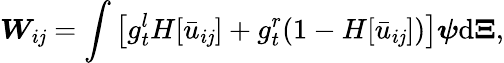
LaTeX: \boldsymbol{W}_{i\mathit{j}}=\int\left[g_{t}^{l}H[\bar{{u}}_{i\mathit{j}}]+g_{t}^{r}(1-H[\bar{{u}}_{i\mathit{j}}])\right]\boldsymbol{\psi}\mathrm{{d}}\boldsymbol{\Xi},